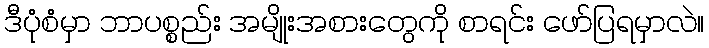
ဒီပုံစံမှာ ဘာပစ္စည်း အမျိုးအစားတွေကို စာရင်း ဖော်ပြရမှာလဲ။